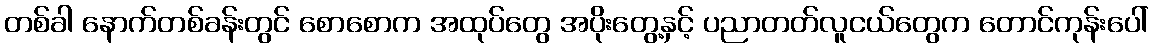
တစ်ခါ နောက်တစ်ခန်းတွင် စောစောက အထုပ်တွေ အပိုးတွေ့နှင့် ပညာတတ်လူငယ်တွေက တောင်ကုန်းပေါ်